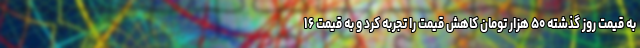
به قیمت روز گذشته ۵۰ هزار تومان کاهش قیمت را تجربه کرد و به قیمت ۱۶